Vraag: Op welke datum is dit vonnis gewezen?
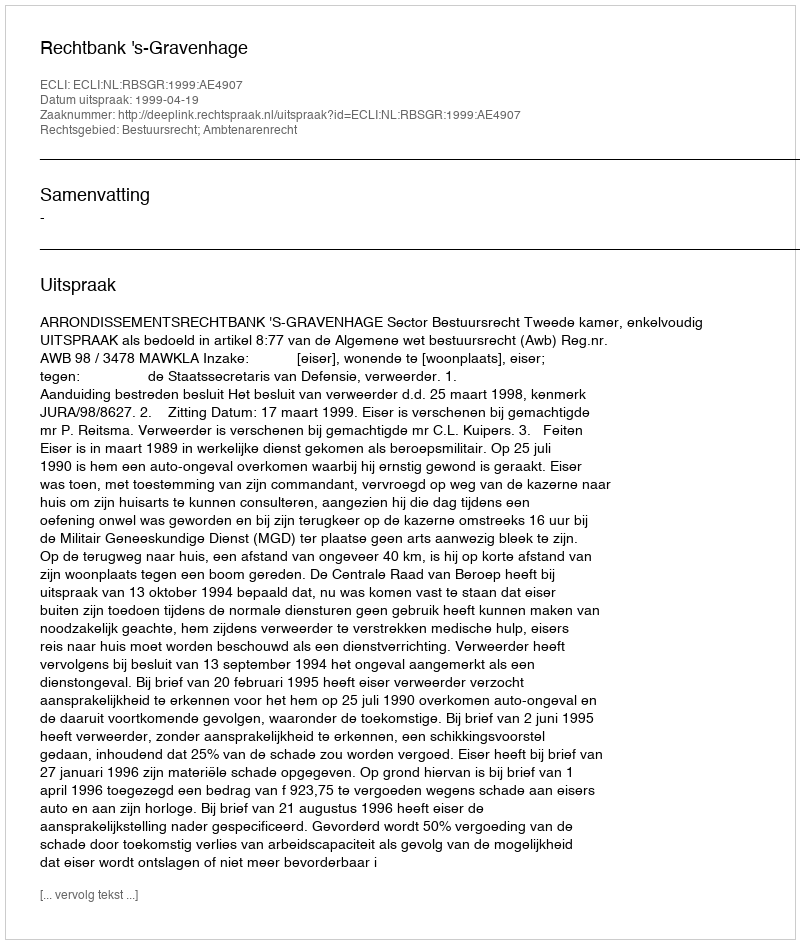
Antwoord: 1999-04-19